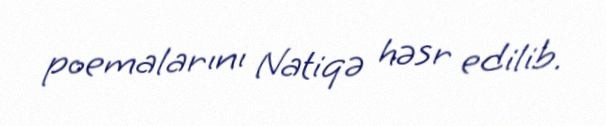
poemalarını Natiqə həsr edilib.